Civil Veterinary Department. United Provinces 1923-31 - 1923-1931
Year: 1923
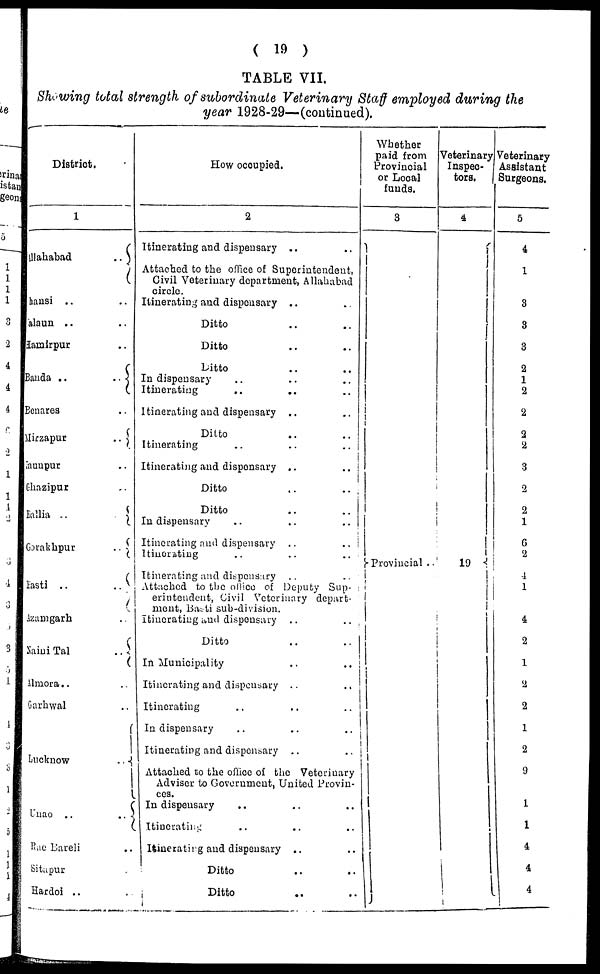
( 19 )
TABLE VII.
Showing total strength of subordinate Veterinary Staff employed during the
year 1928-29—(continued).
District.
1
Allahabad ..
Jhansi .. ..
Jalaun .. ..
Hamirpur ..
Banda .. ..
Benares ..
Mirzapur ..
Jaunpur ..
Ghazipur ..
Ballia .. ..
Gorakhpur ..
Basti .. ..
Azamgarh ..
Naini Tal ..
Almora .. ..
Garhwal ..
Lucknow ..
Unao .. ..
Rae Bareli ..
Sitapur ..
Hardoi .. ..
How occupied.
2
Itinerating and dispensary .. ..
Attached to the office of Superintendent,
Civil Veterinary department, Allahabad
circle.
Itinerating and dispensary .. ..
Ditto .. ..
Ditto .. ..
Ditto .. ..
In dispensary
Itinerating .. .. ..
Itinerating and dispensary .. ..
Ditto
Ditto .. ..
Itinerating .. .. ..
Itinerating and dispensary .. ..
Ditto .. ..
Ditto .. ..
In dispensary .. .. ..
Itinerating and dispensary .. ..
Itinerating .. .. ..
Itinerating and dispensary ..
..
Attached to the office of Deputy Sup-
erintendent, Civil Veterinary depart-
ment, Basti sub-division.
Itinerating and dispensary .. ..
Ditto .. ..
In Municipality .. ..
Itinerating and dispensary .. ..
Itinerating .. .. ..
In dispensary .. .. ..
Itinerating and dispensary .. ..
Attached to the office of the Veterinary
Adviser to Government, United Provin-
ces.
In dispensary .. ..
Itinerating .. .. ..
Itinerating and dispensary .. ..
Ditto .. ..
Ditto .. ..
Whether
paid from
Provincial
or Local
funds.
3
Provincial
Veterinary
Inspec-
tors.
4
19
Veterinary
Assistant
Surgeons.
5
4
1
3
3
3
2
1
2
2
2
2
3
2
2
1
6
2
4
1
4
2
1
2
2
1
2
9
1
1
4
4
4